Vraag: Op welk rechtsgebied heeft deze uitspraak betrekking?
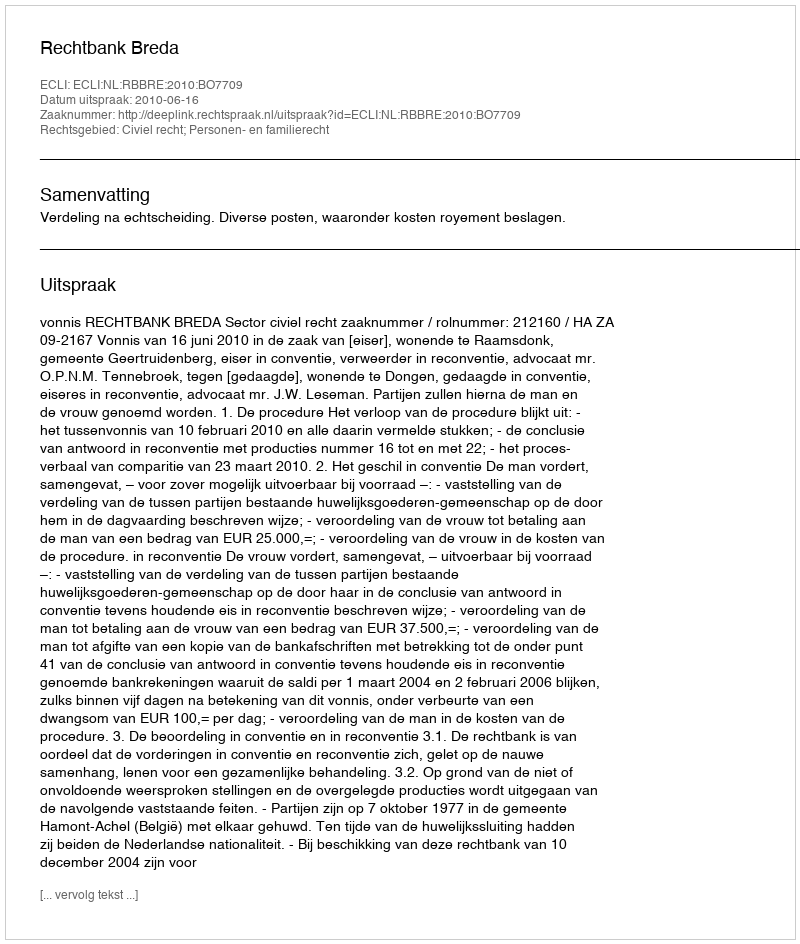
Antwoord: Civiel recht; Personen- en familierecht